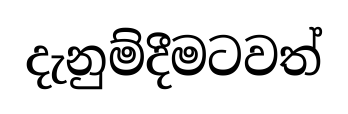
දැනුම්දීමටවත්